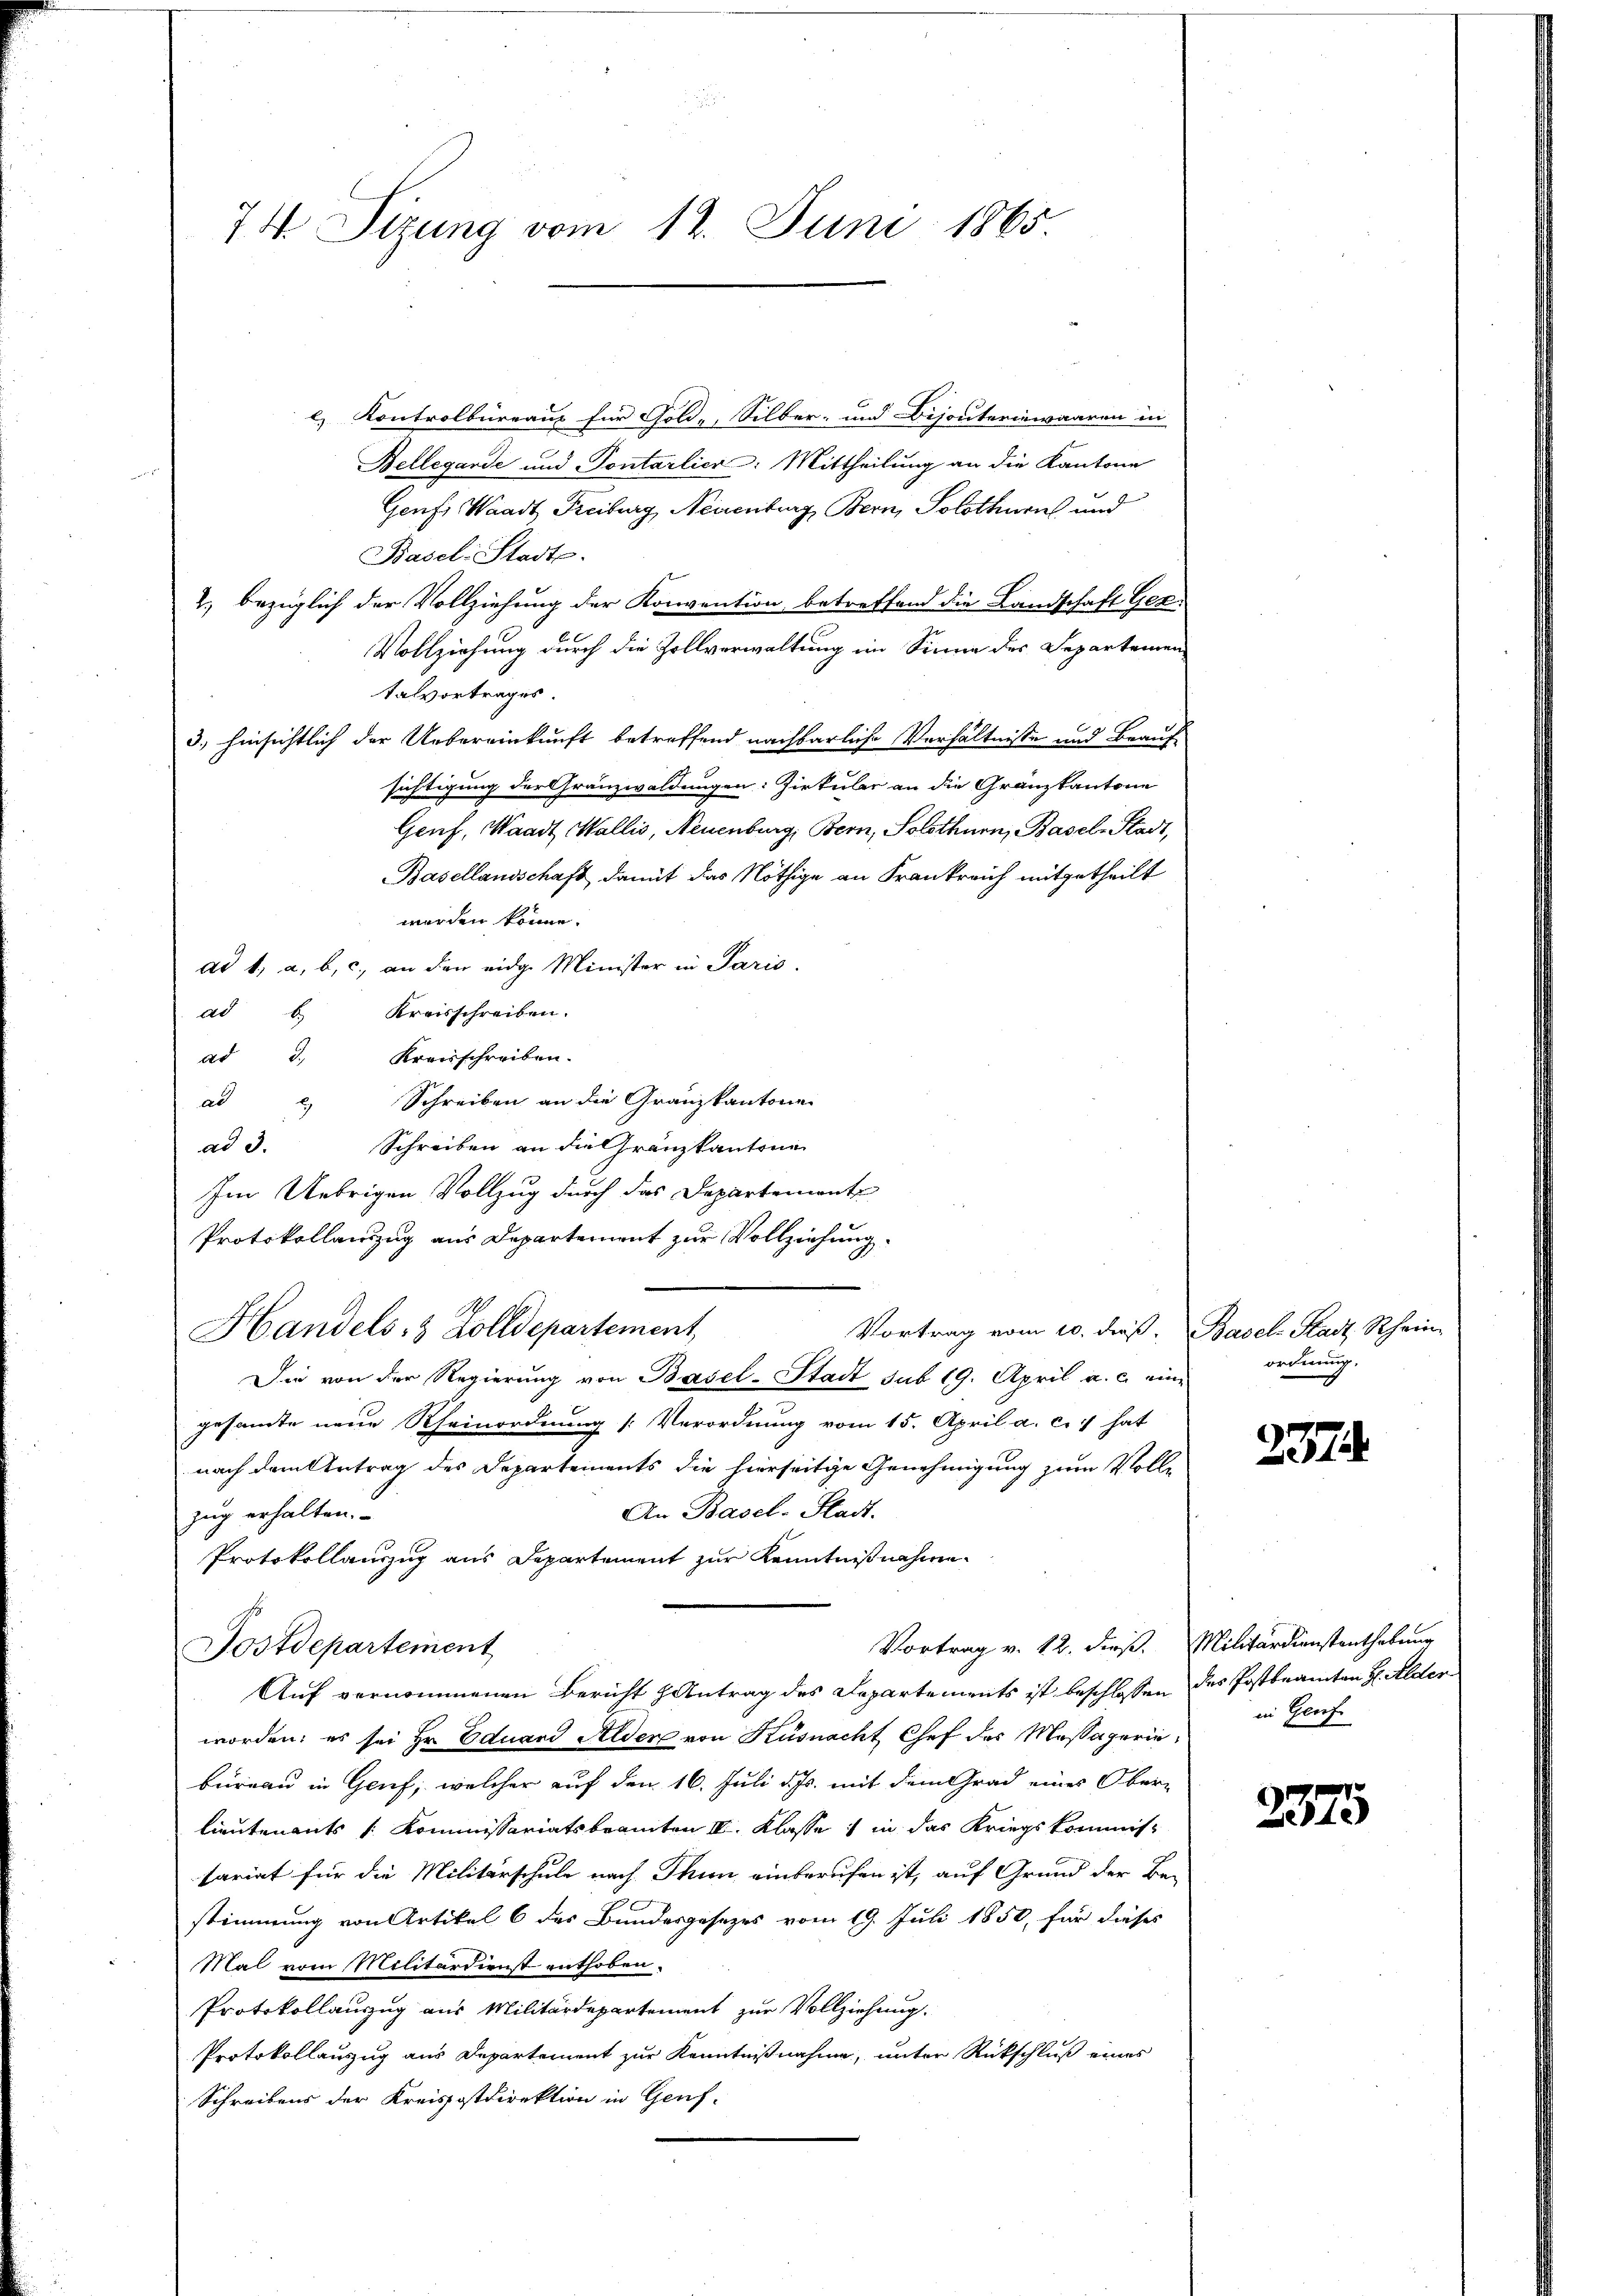
74 Sizung vom 12. Juni 1865

e) Kontrolbureaus für Golde, Silber- und Bijouteriewaaren in
Bellegarde und Pontarlier: Mittheilung an die Kantone
Genf, Waadt Freiburg, Neuenburg, Bern, Solothurn und
Basel-Stadts.
2., bezüglich der Vollziehung der Konvention betreffend die Landschaft Ger¬
Vollziehung durch die Zollverwaltung im Sinne des Separtemen
talvortrages.
3.) hinsichtlich der Uebereinkunft betreffend nachbarliche Verhältnisse und Beaufsichtigung der Granzwaldungen: Zirkular an die Granzkantone
Genf, Waadt Wallis, Neuenburg, Bern, Solothurn, Basel-Stadt,
Basellandschaft damit das Nöthige an Frankreich mitgetheilt
worden könne.
dd 1, a. b. c. an den eidg. Minister in Paris.
Kreisschreiben.
ad
ad 3. Kreisschreiben.
Schreiben an die Granzkantonen
ad
9
Schreiben an die Granzkantone
ad 3.
Im Uebrigen Vollzug durch das Departements
Protokollanzug aus Departement zur Vollziehung.
Vortrag vom 10. dieß.
Handels- & Zolldepartement,
Die von der Regierung von Basel-Stadt sub 19. April a. c. eine
gesamte neue Rheinordnung [Verordnung vom 15. April a. c. hat
nach dem Antrag des Departements die hierseitige Genehmigung zum Volle
An Basel-Stadt.
zug erhalten.
Protokollauszug aus Departement zur Kenntnißnahme
Vortrag v. 12. dieß. Militärdienstenthebung
Postdepartement
Auf vernommenen Bericht Antrag des Departements ist beschlossen des Postbeamten H: Alder
worden; es sei Hr. Eduard Sider von Küsnacht Chef der Massagerie
bureau in Genf, welcher auf den 16. Juli d. Js. mit dem Grad eines Oberlieutenants /: Kommissariatsbeamten III. Klasse in das Kriegskommissariat für die Militärschule nach Thun einberufen ist, auf Grund der Be-
stimmung von Artikel 6 des Bundesgesezes vom 19. Juli 1850, für dieses
Mal vom Militärdienst enthoben.
Protokollauszug aus Militärdepartement zur Vollziehung.
Protokollauszug aus Departement zur Kenntnißnahme, unter Rückschluß eines
Schreibens der Kreisstdirektion in Genf.

Basel-Stadt Rhein
ordnung.

237

in Genf

2375